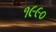
૧૯૯૦